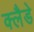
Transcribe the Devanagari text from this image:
क्लैडे